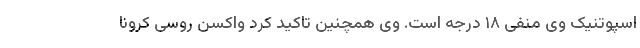
اسپوتنیک وی منفی ۱۸ درجه است. وی همچنین تاکید کرد واکسن روسی کرونا